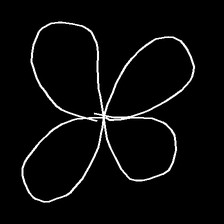
Glyph: billowing